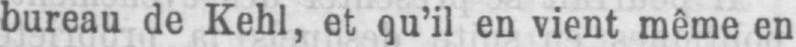
bureau de Kehl, et qu’il en vient même en